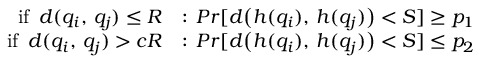
\begin{array} { r l } { \mathrm { i f } \, \, \, d ( q _ { i } , \, q _ { j } ) \leq R } & { : \, P r [ d \big ( h ( q _ { i } ) , \, h ( q _ { j } ) \big ) < S ] \geq p _ { 1 } } \\ { \mathrm { i f } \, \, \, d ( q _ { i } , \, q _ { j } ) > c R } & { : \, P r [ d \big ( h ( q _ { i } ) , \, h ( q _ { j } ) \big ) < S ] \leq p _ { 2 } } \end{array}